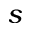
s